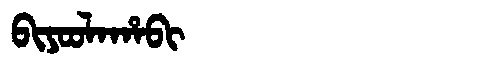
Manchu: ᠪᡳᠶᠣᠣᠯᠠᡥᠠᠪᡳ
Romanization: BIYOOLAHABI